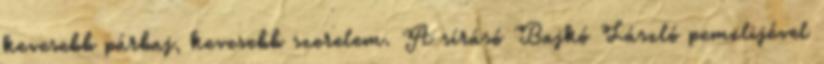
kevesebb párbaj, kevesebb szerelem. A sírásó Bajkó László pemzlijével